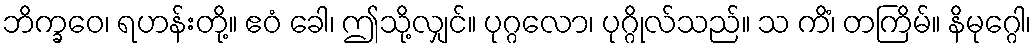
ဘိက္ခဝေ၊ ရဟန်းတို့။ ဧဝံ ခေါ၊ ဤသို့လျှင်။ ပုဂ္ဂလော၊ ပုဂ္ဂိုလ်သည်။ သ ကိံ၊ တကြိမ်။ နိမုဂ္ဂေါ၊